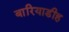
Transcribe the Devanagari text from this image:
बारियाडीह